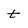
Character: t